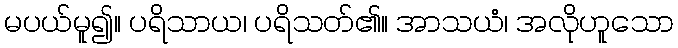
မပယ်မူ၍။ ပရိသာယ၊ ပရိသတ်၏။ အာသယံ၊ အလိုဟူသော